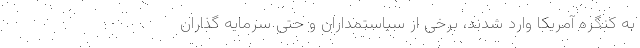
به کنگره آمریکا وارد شدند، برخی از سیاستمداران و حتی سرمایه گذاران